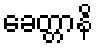
ခေတ္တာနိ